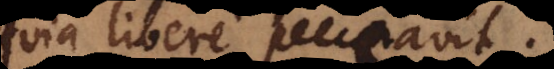
quia libere peccavit.